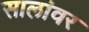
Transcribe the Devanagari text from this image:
सालांवर